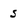
Character: s